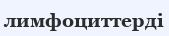
лимфоциттерді